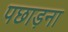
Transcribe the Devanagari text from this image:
पछाड़ना